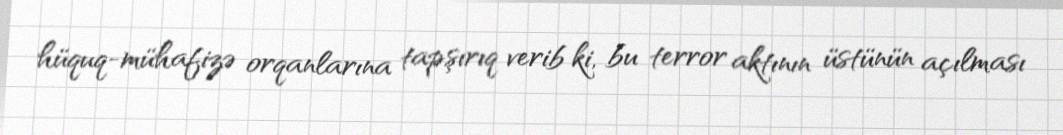
hüquq-mühafizə orqanlarına tapşırıq verib ki, bu terror aktının üstünün açılması